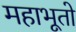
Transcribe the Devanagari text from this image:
महाभूतो